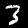
Digit: 3